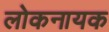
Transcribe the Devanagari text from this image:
लोकनायक